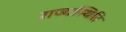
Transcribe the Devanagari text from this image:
राज्यस्थिति